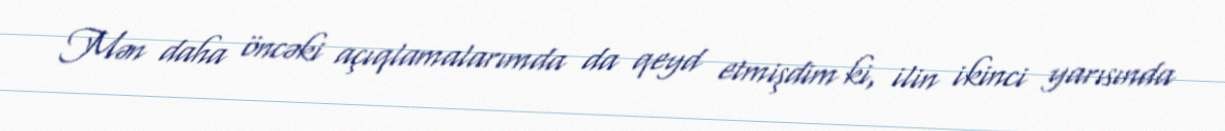
Mən daha öncəki açıqlamalarımda da qeyd etmişdim ki, ilin ikinci yarısında